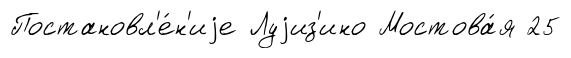
Постановл'е́н'иjе Луjиз'ино Мостова́я 25